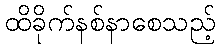
ထိခိုက်နစ်နာစေသည့်